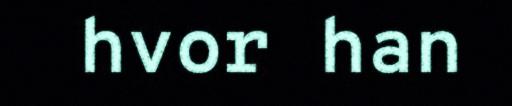
hvor han